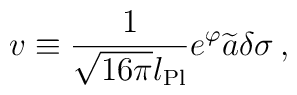
v \equiv {1\over\sqrt{16\pi}l_{\rm Pl}} e^{\varphi} \widetilde{a} \delta\sigma \, ,